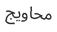
محاويج